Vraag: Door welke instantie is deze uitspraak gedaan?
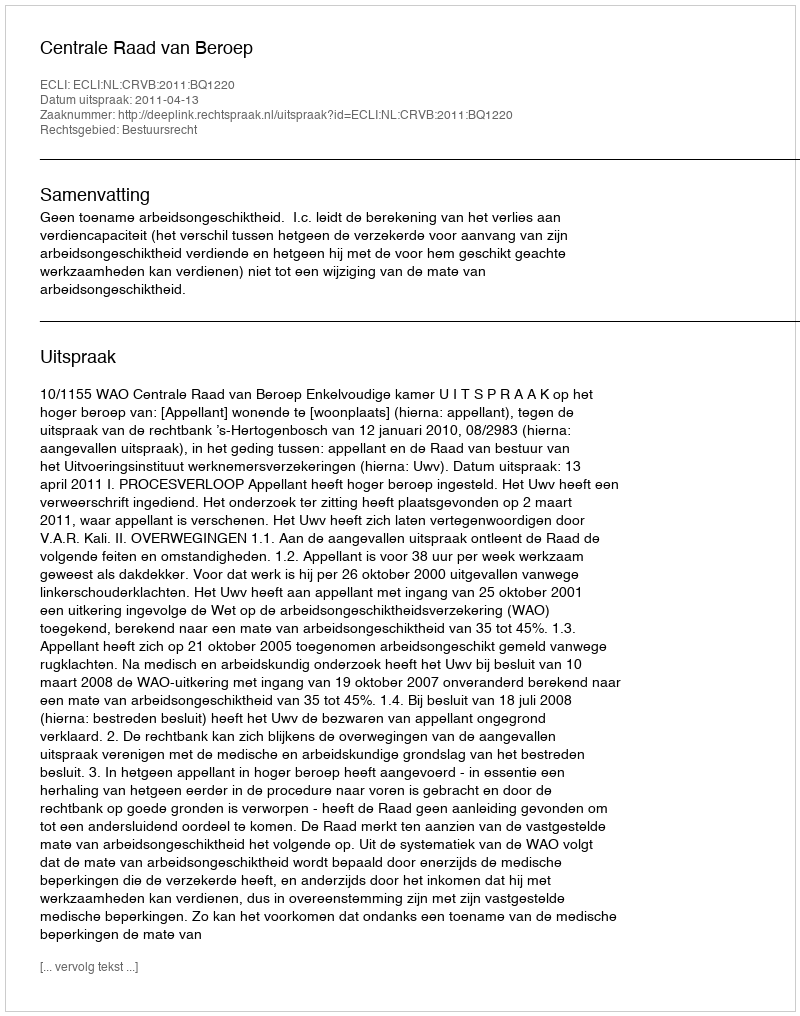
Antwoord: Centrale Raad van Beroep